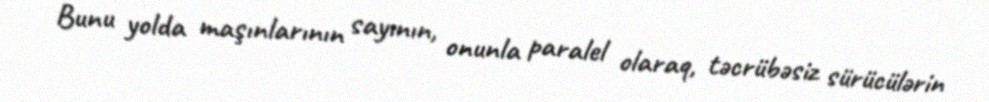
Bunu yolda maşınlarının sayının, onunla paralel olaraq, təcrübəsiz sürücülərin